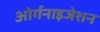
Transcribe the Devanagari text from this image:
ओर्गनाइजेशन